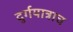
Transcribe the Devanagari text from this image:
दुर्गयात्राच